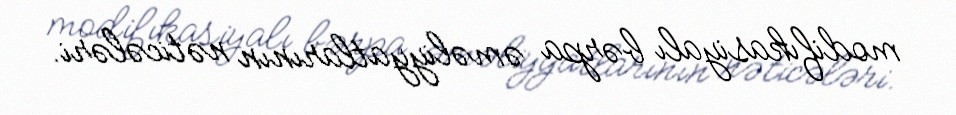
modifıkasiyalı bərpa əməliyyatlarının nəticələri.